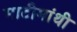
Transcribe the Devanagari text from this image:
माटीमांथी